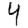
Digit: 4